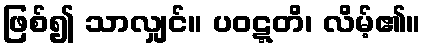
ဖြစ်၍ သာလျှင်။ ပဝဋ္ဋတိ၊ လိမ့်၏။